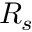
R _ { s }